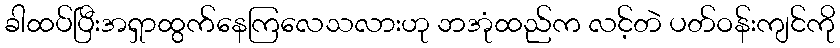
ခါထပ်ပြီးအရှာထွက်နေကြလေသလားဟု ဘအုံထည်က လင့်တဲ ပတ်ဝန်းကျင်ကို